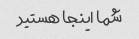
شما اینجا هستید